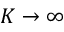
K \rightarrow \infty